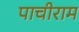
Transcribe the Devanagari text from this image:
पाचीराम